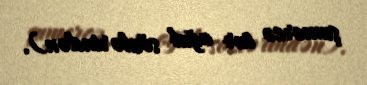
şumercə tur oğul sözlərindən).